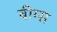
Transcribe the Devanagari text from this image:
बीग्स